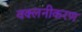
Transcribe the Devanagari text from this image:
वक्लनीकरण